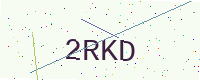
Text: 2RKD